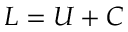
L = U + C